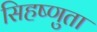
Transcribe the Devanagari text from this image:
सिहष्णुता